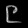
Digit: ၉